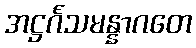
အဋ္ဌင်္ဂသမန္နာဂတေ